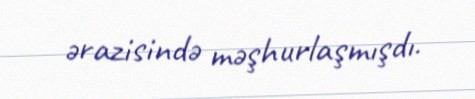
ərazisində məşhurlaşmışdı.